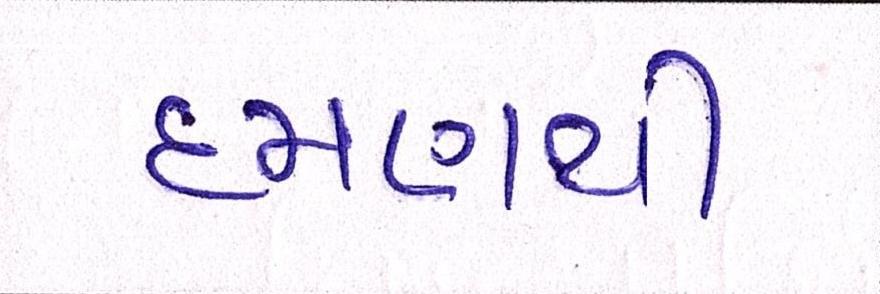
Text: દમણથી